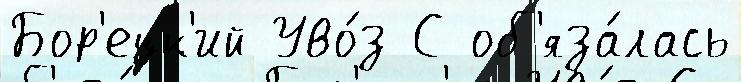
Бор'ецк'ий Уво́з С об'яза́лась